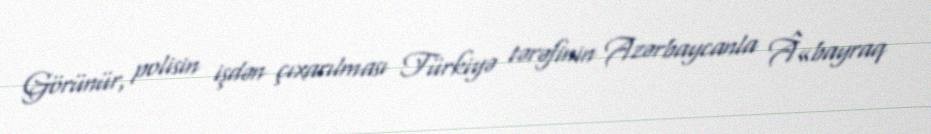
Görünür, polisin işdən çıxarılması Türkiyə tərəfinin Azərbaycanla Â«bayraq